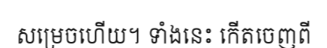
សម្រេចហើយ។ ទាំងនេះ កើតចេញពី